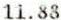
11.88